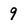
Character: 9